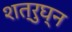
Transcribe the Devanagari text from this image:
शत्रुघ्‍न